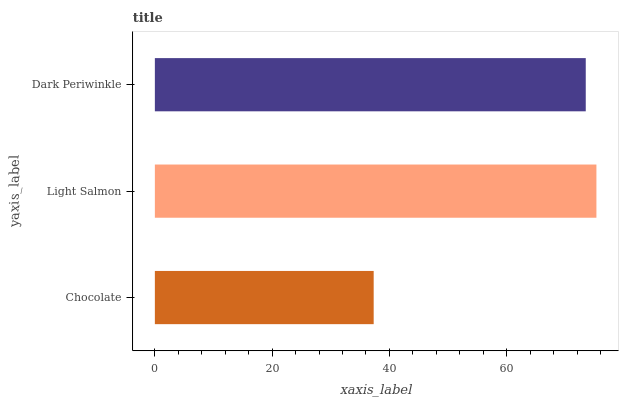
| yaxis_label | bars |
 | --- | --- |
 | Chocolate | 37.3 |
 | Light Salmon | 75.3 |
 | Dark Periwinkle | 73.5 |